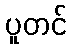
ပူတင်